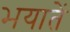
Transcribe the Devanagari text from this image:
भयातें